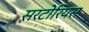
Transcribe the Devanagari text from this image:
सरटोरियस